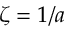
\zeta = 1 / a